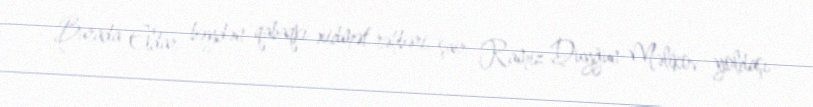
Burada Eldar bəydən qabaqkı xidmət rəhbəri, şair Ramiz Duyğun-Məlikov yoldaşı